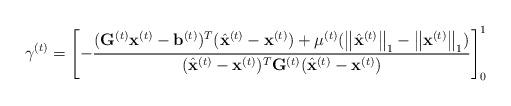
LaTeX: \begin{align*} \gamma^{(t)}=\left[-\frac{(\mathbf{G}^{(t)}\mathbf{x}^{(t)}-\mathbf{b}^{(t)})^T (\hat{\mathbf{x}}^{(t)}-\mathbf{x}^{(t)})+\mu^{(t)}(\bigl\Vert\hat{\mathbf{x}}^{(t)}\bigr\Vert_{1}-\bigl\Vert\mathbf{x}^{(t)}\bigr\Vert_{1})}{(\hat{\mathbf{x}}^{(t)}-\mathbf{x}^{(t)})^T\mathbf{G}^{(t)}(\hat{\mathbf{x}}^{(t)}-\mathbf{x}^{(t)})}\right]^{1}_{0} \end{align*}